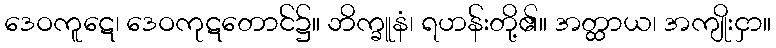
ဒေဝကူဋေ၊ ဒေဝကုဋတောင်၌။ ဘိက္ခူနံ၊ ရဟန်းတို့၏။ အတ္ထာယ၊ အကျိုးငှာ။